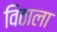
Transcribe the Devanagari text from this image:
विठाला